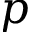
p